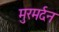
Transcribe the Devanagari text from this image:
मुरमर्दन